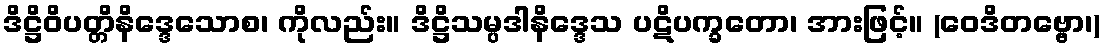
ဒိဋ္ဌိဝိပတ္တိနိဒ္ဒေသောစ၊ ကိုလည်း။ ဒိဋ္ဌိသမ္ပဒါနိဒ္ဒေသ ပဋိပက္ခတော၊ အားဖြင့်။ (ဝေဒိတဗ္ဗော၊)